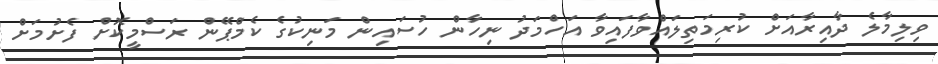
ވިލިމާލެ ދާއިރާއަށް ކުރިމަތިލައްވާފައިވާ އަހްމަދު ނިހާން ހުސައިން މަނިކުގެ ކެމްޕޭން ރަސްމީކޮށް ފެށުމަށް